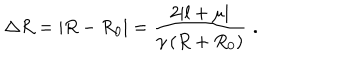
\Delta R = \left| R - R _ { 0 } \right| = \frac { 2 | l + \mu | } { \gamma \left( R + R _ { 0 } \right) } \, \, .